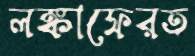
লঙ্কাফেরত